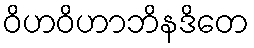
ဝိဟဝိဟာဘိနဒိတေ